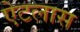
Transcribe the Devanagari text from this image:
ऐटलास